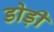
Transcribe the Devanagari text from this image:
डोड़ी